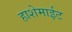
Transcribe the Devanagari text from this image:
हाशेमाईट